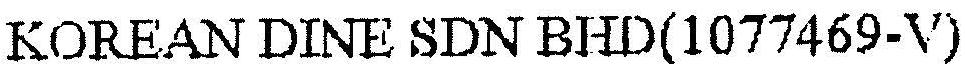
KOREAN DINE SDN BHD(1077469-V)